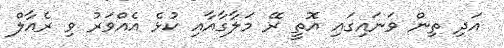
އަދި ތިން ވަނައިގައި އޮތީ ރޭ މަލާގާއާއި ކުޅެ އެއްވަރު ވި ރެއާލް